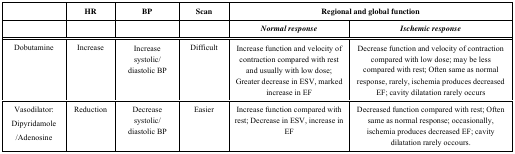
<table><thead><tr><td></td><td><b>HR</b></td><td><b>BP</b></td><td><b>Scan</b></td><td colspan="2"><b>Regional and global function</b></td></tr><tr><td></td><td></td><td></td><td></td><td><b><i>Normal response</i></b></td><td><b><i>Ischemic response</i></b></td></tr></thead><tbody><tr><td>Dobutamine</td><td>Increase</td><td>Increase systolic/diastolic BP</td><td>Difficult</td><td>Increase function and velocity of contraction compared with rest and usually with low dose; Greater decrease in ESV, marked increase in EF</td><td>Decrease function and velocity of contraction compared with low dose; may be less compared with rest; Often same as normal response, rarely, ischemia produces decreased EF; cavity dilatation rarely occurs</td></tr><tr><td>Vasodilator: Dipyridamole/Adenosine</td><td>Reduction</td><td>Decrease systolic/diastolic BP</td><td>Easier</td><td>Increase function compared with rest; Decrease in ESV, increase in EF</td><td>Decreased function compared with rest; Often same as normal response; occasionally, ischemia produces decreased EF; cavity dilatation rarely occours.</td></tr></tbody></table>